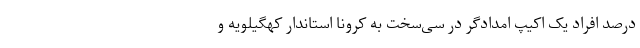
درصد افراد یک اکیپ امدادگر در سی‌سخت به کرونا استاندار کهگیلویه و